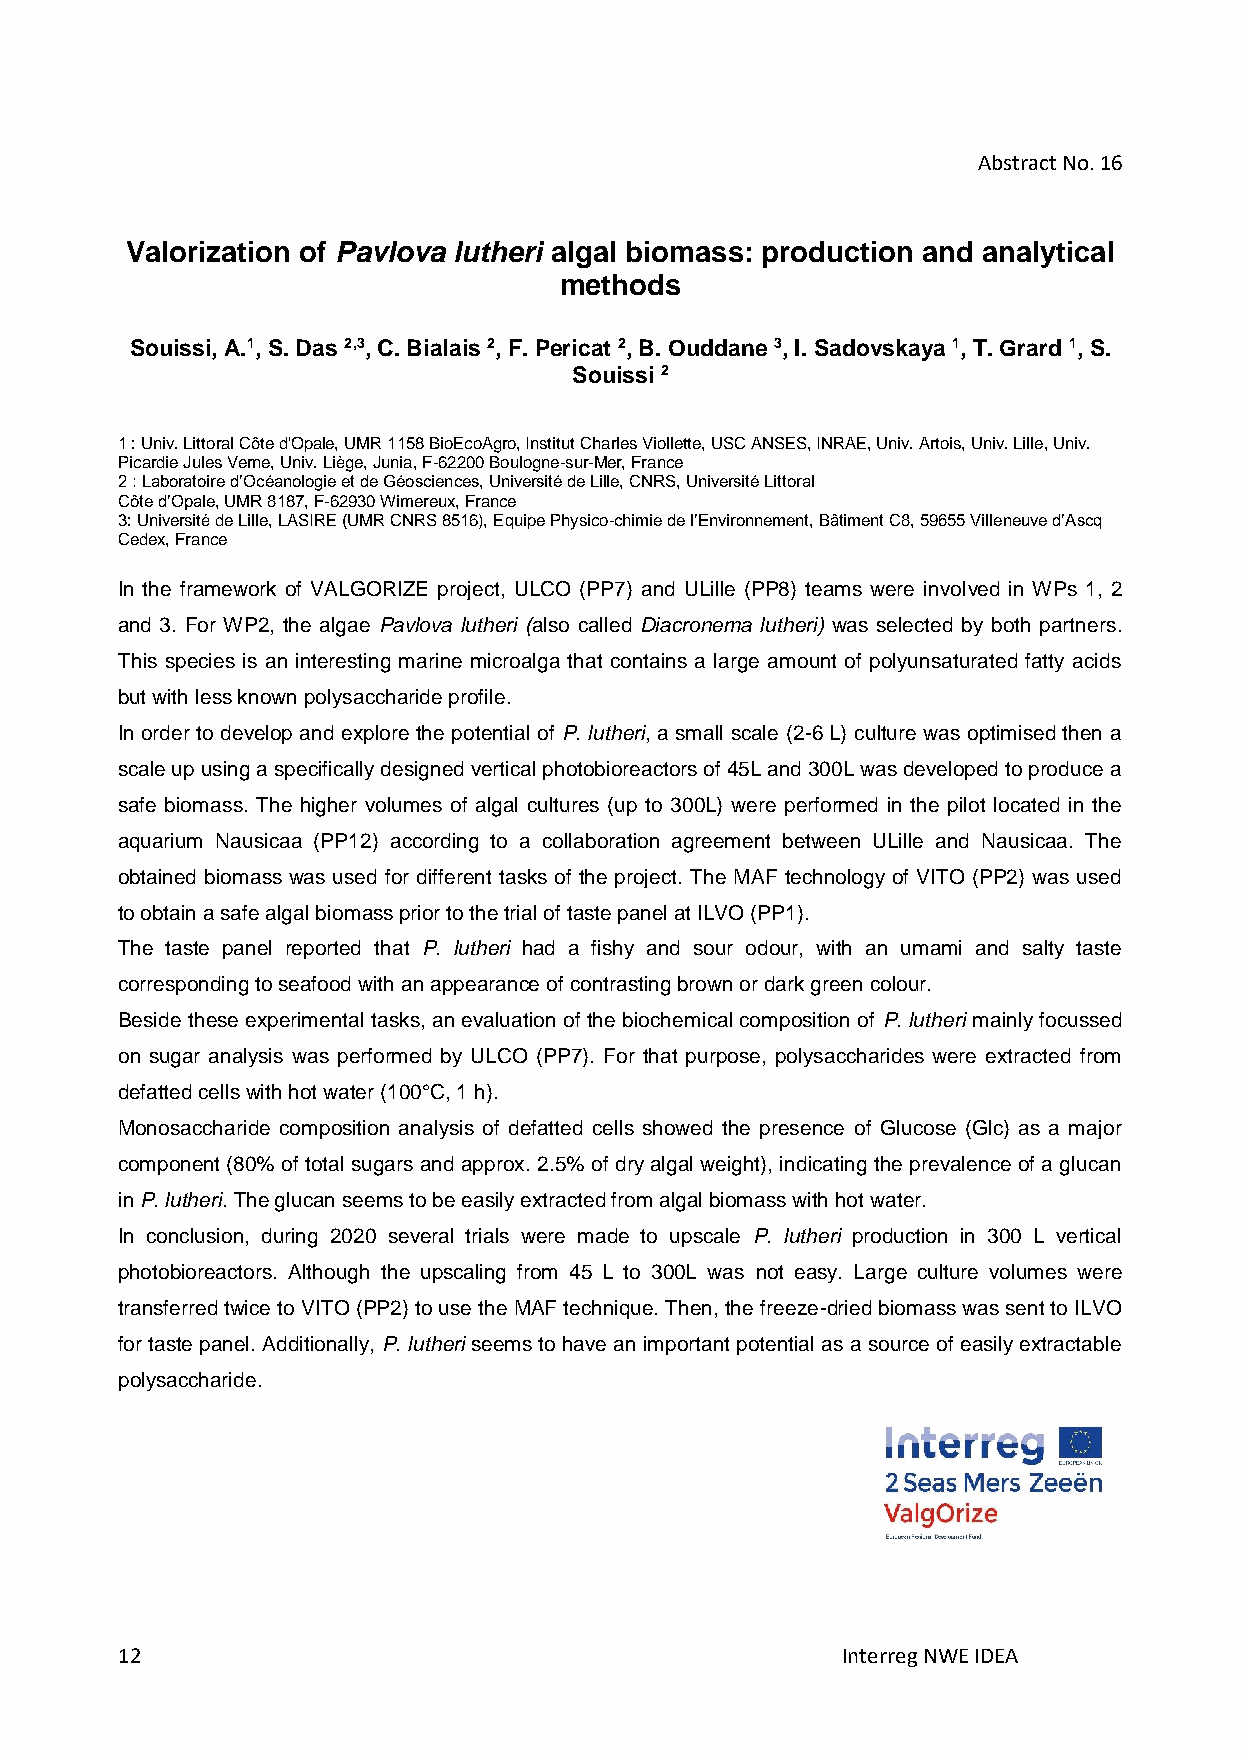
Abstract No. 16
 Valorization of Pavlova lutheri algal biomass: production and analytical
 methods
 Souissi, A.1, S. Das 2,3, C. Bialais 2, F. Pericat 2, B. Ouddane 3, I. Sadovskaya 1, T. Grard 1, S.
 Souissi 2
 1 : Univ. Littoral Côte d'Opale, UMR 1158 BioEcoAgro, Institut Charles Viollette, USC ANSES, INRAE, Univ. Artois, Univ. Lille, Univ.
 Picardie Jules Verne, Univ. Liège, Junia, F-62200 Boulogne-sur-Mer, France
 2 : Laboratoire d’Océanologie et de Géosciences, Université de Lille, CNRS, Université Littoral
 Côte d’Opale, UMR 8187, F-62930 Wimereux, France
 3: Université de Lille, LASIRE (UMR CNRS 8516), Equipe Physico-chimie de l’Environnement, Bâtiment C8, 59655 Villeneuve d’Ascq
 Cedex, France
 In the framework of VALGORIZE project, ULCO (PP7) and ULille (PP8) teams were involved in WPs 1, 2
 and 3. For WP2, the algae Pavlova lutheri (also called Diacronema lutheri) was selected by both partners.
 This species is an interesting marine microalga that contains a large amount of polyunsaturated fatty acids
 but with less known polysaccharide profile.
 In order to develop and explore the potential of P. lutheri, a small scale (2-6 L) culture was optimised then a
 scale up using a specifically designed vertical photobioreactors of 45L and 300L was developed to produce a
 safe biomass. The higher volumes of algal cultures (up to 300L) were performed in the pilot located in the
 aquarium Nausicaa (PP12) according to a collaboration agreement between ULille and Nausicaa. The
 obtained biomass was used for different tasks of the project. The MAF technology of VITO (PP2) was used
 to obtain a safe algal biomass prior to the trial of taste panel at ILVO (PP1).
 The taste panel reported that P. lutheri had a fishy and sour odour, with an umami and salty taste
 corresponding to seafood with an appearance of contrasting brown or dark green colour.
 Beside these experimental tasks, an evaluation of the biochemical composition of P. lutheri mainly focussed
 on sugar analysis was performed by ULCO (PP7). For that purpose, polysaccharides were extracted from
 defatted cells with hot water (100°C, 1 h).
 Monosaccharide composition analysis of defatted cells showed the presence of Glucose (Glc) as a major
 component (80% of total sugars and approx. 2.5% of dry algal weight), indicating the prevalence of a glucan
 in P. lutheri. The glucan seems to be easily extracted from algal biomass with hot water.
 In conclusion, during 2020 several trials were made to upscale P. lutheri production in 300 L vertical
 photobioreactors. Although the upscaling from 45 L to 300L was not easy. Large culture volumes were
 transferred twice to VITO (PP2) to use the MAF technique. Then, the freeze-dried biomass was sent to ILVO
 for taste panel. Additionally, P. lutheri seems to have an important potential as a source of easily extractable
 polysaccharide.
 12                                              Interreg NWE IDEA